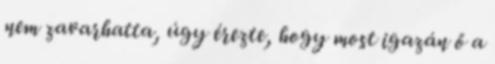
nem zavarhatta, úgy érezte, hogy most igazán ő a